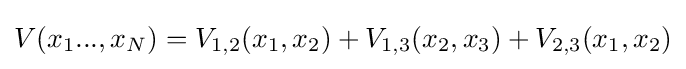
V(x_{1}...,x_{N})=V_{1,2}(x_{1},x_{2})+V_{1,3}(x_{2},x_{3})+V_{2,3}(x_{1},x_{2})